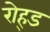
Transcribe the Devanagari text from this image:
रोह्ड